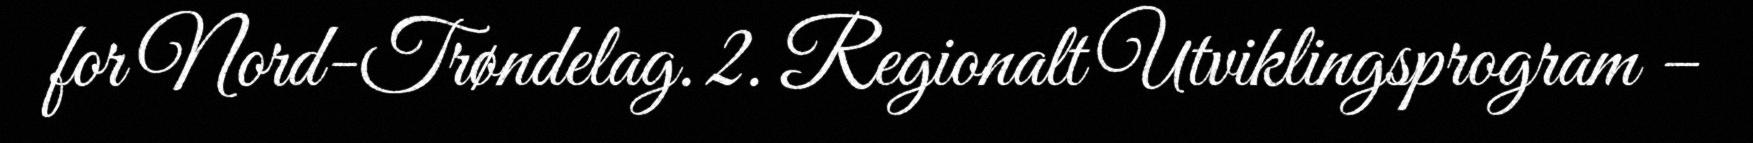
for Nord-Trøndelag. 2. Regionalt Utviklingsprogram –